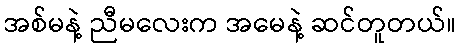
အစ်မနဲ့ ညီမလေးက အမေနဲ့ ဆင်တူတယ်။